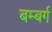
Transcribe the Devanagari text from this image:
बम्बर्ग